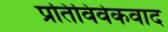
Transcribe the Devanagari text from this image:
प्रतिविवेकवाद